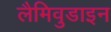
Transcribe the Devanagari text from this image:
लैमिवुडाइन